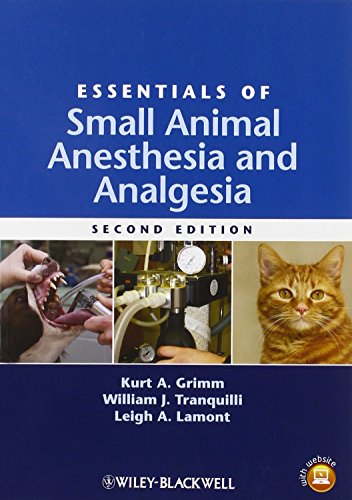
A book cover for Essentials of Small Animal Anesthesia and Analgesia; Medical Books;